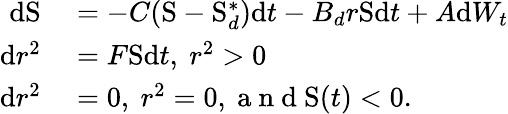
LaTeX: \begin{array}{rl}{\mathrm{d}\mathrm{S}}&{{}=-C(\mathrm{S}-\mathrm{S}_{d}^{\ast})\mathrm{d}t-B_{d}r\mathrm{S}\mathrm{d}t+A\mathrm{d}W_{t}}\\ {\mathrm{d}r^{2}}&{{}=F\mathrm{S}\mathrm{d}t,\mathrm{~}r^{2}>0}\\ {\mathrm{d}r^{2}}&{{}=0,\mathrm{~}r^{2}=0,\mathrm{~a~n~d~}\mathrm{S}(t)<0.}\end{array}